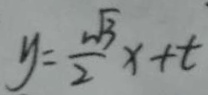
y = \frac { \sqrt { 3 } } { 2 } x + t